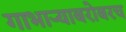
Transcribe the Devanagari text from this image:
गाभाऱ्याबरोबरच